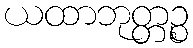
ယထာဘုတ္တဉ္စ